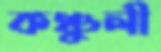
কঞ্চুলী